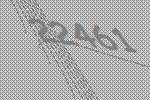
22461